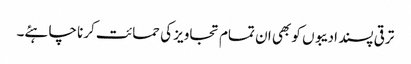
ترقی پسند ادیبوں کو بھی ان تمام تجاویز کی حمائت کرنا چاہئے۔